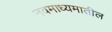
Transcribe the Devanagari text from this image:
नवमाध्यमातील